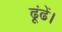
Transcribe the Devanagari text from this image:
ढूंढें।